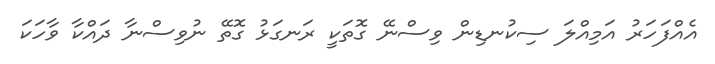
އެއްފަހަރު އަމިއްލަ ސިކުނޑިން ވިސްނޭ ގޮތަކީ ރަނގަޅު ގޮތޭ ނުވިސްނާ ދައްކާ ވާހަކަ